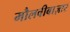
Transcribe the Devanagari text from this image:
मौलवीबाज़ार